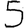
Digit: 5